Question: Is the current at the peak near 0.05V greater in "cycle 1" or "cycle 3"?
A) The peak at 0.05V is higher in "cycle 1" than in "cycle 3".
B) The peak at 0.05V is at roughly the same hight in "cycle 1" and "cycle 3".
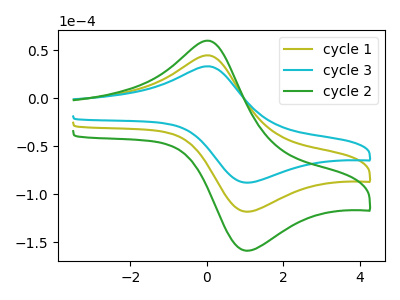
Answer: <think>The olive curve "cycle 1" has an anodic peak at (0.05V, 44.45uA) and a cathodic peak at (1.05V, -118.35uA). The cyan curve "cycle 3" has an anodic peak at (0.05V, 33.05uA) and a cathodic peak at (1.05V, -88.10uA). The green curve "cycle 2" has an anodic peak at (0.05V, 88.85uA) and a cathodic peak at (1.05V, -236.70uA).</think>
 <answer>A) The peak at 0.05V is higher in "cycle 1" than in "cycle 3".</answer>
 <eval>A</eval>